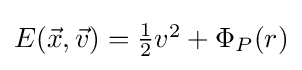
{\textstyle E({\vec {x}},{\vec {v}})={\frac {1}{2}}v^{2}+\Phi _{P}(r)}